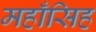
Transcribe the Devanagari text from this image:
महाँसिह